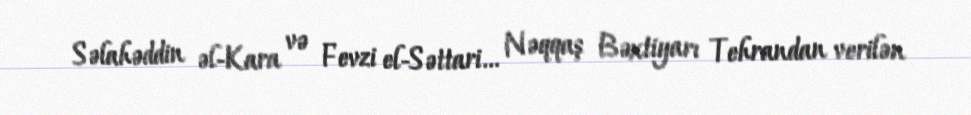
Səlahəddin əl-Kara və Fevzi el-Səttari... Nəqqaş Bəxtiyarı Tehrandan verilən